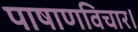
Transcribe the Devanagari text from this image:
पाषाणविचार।